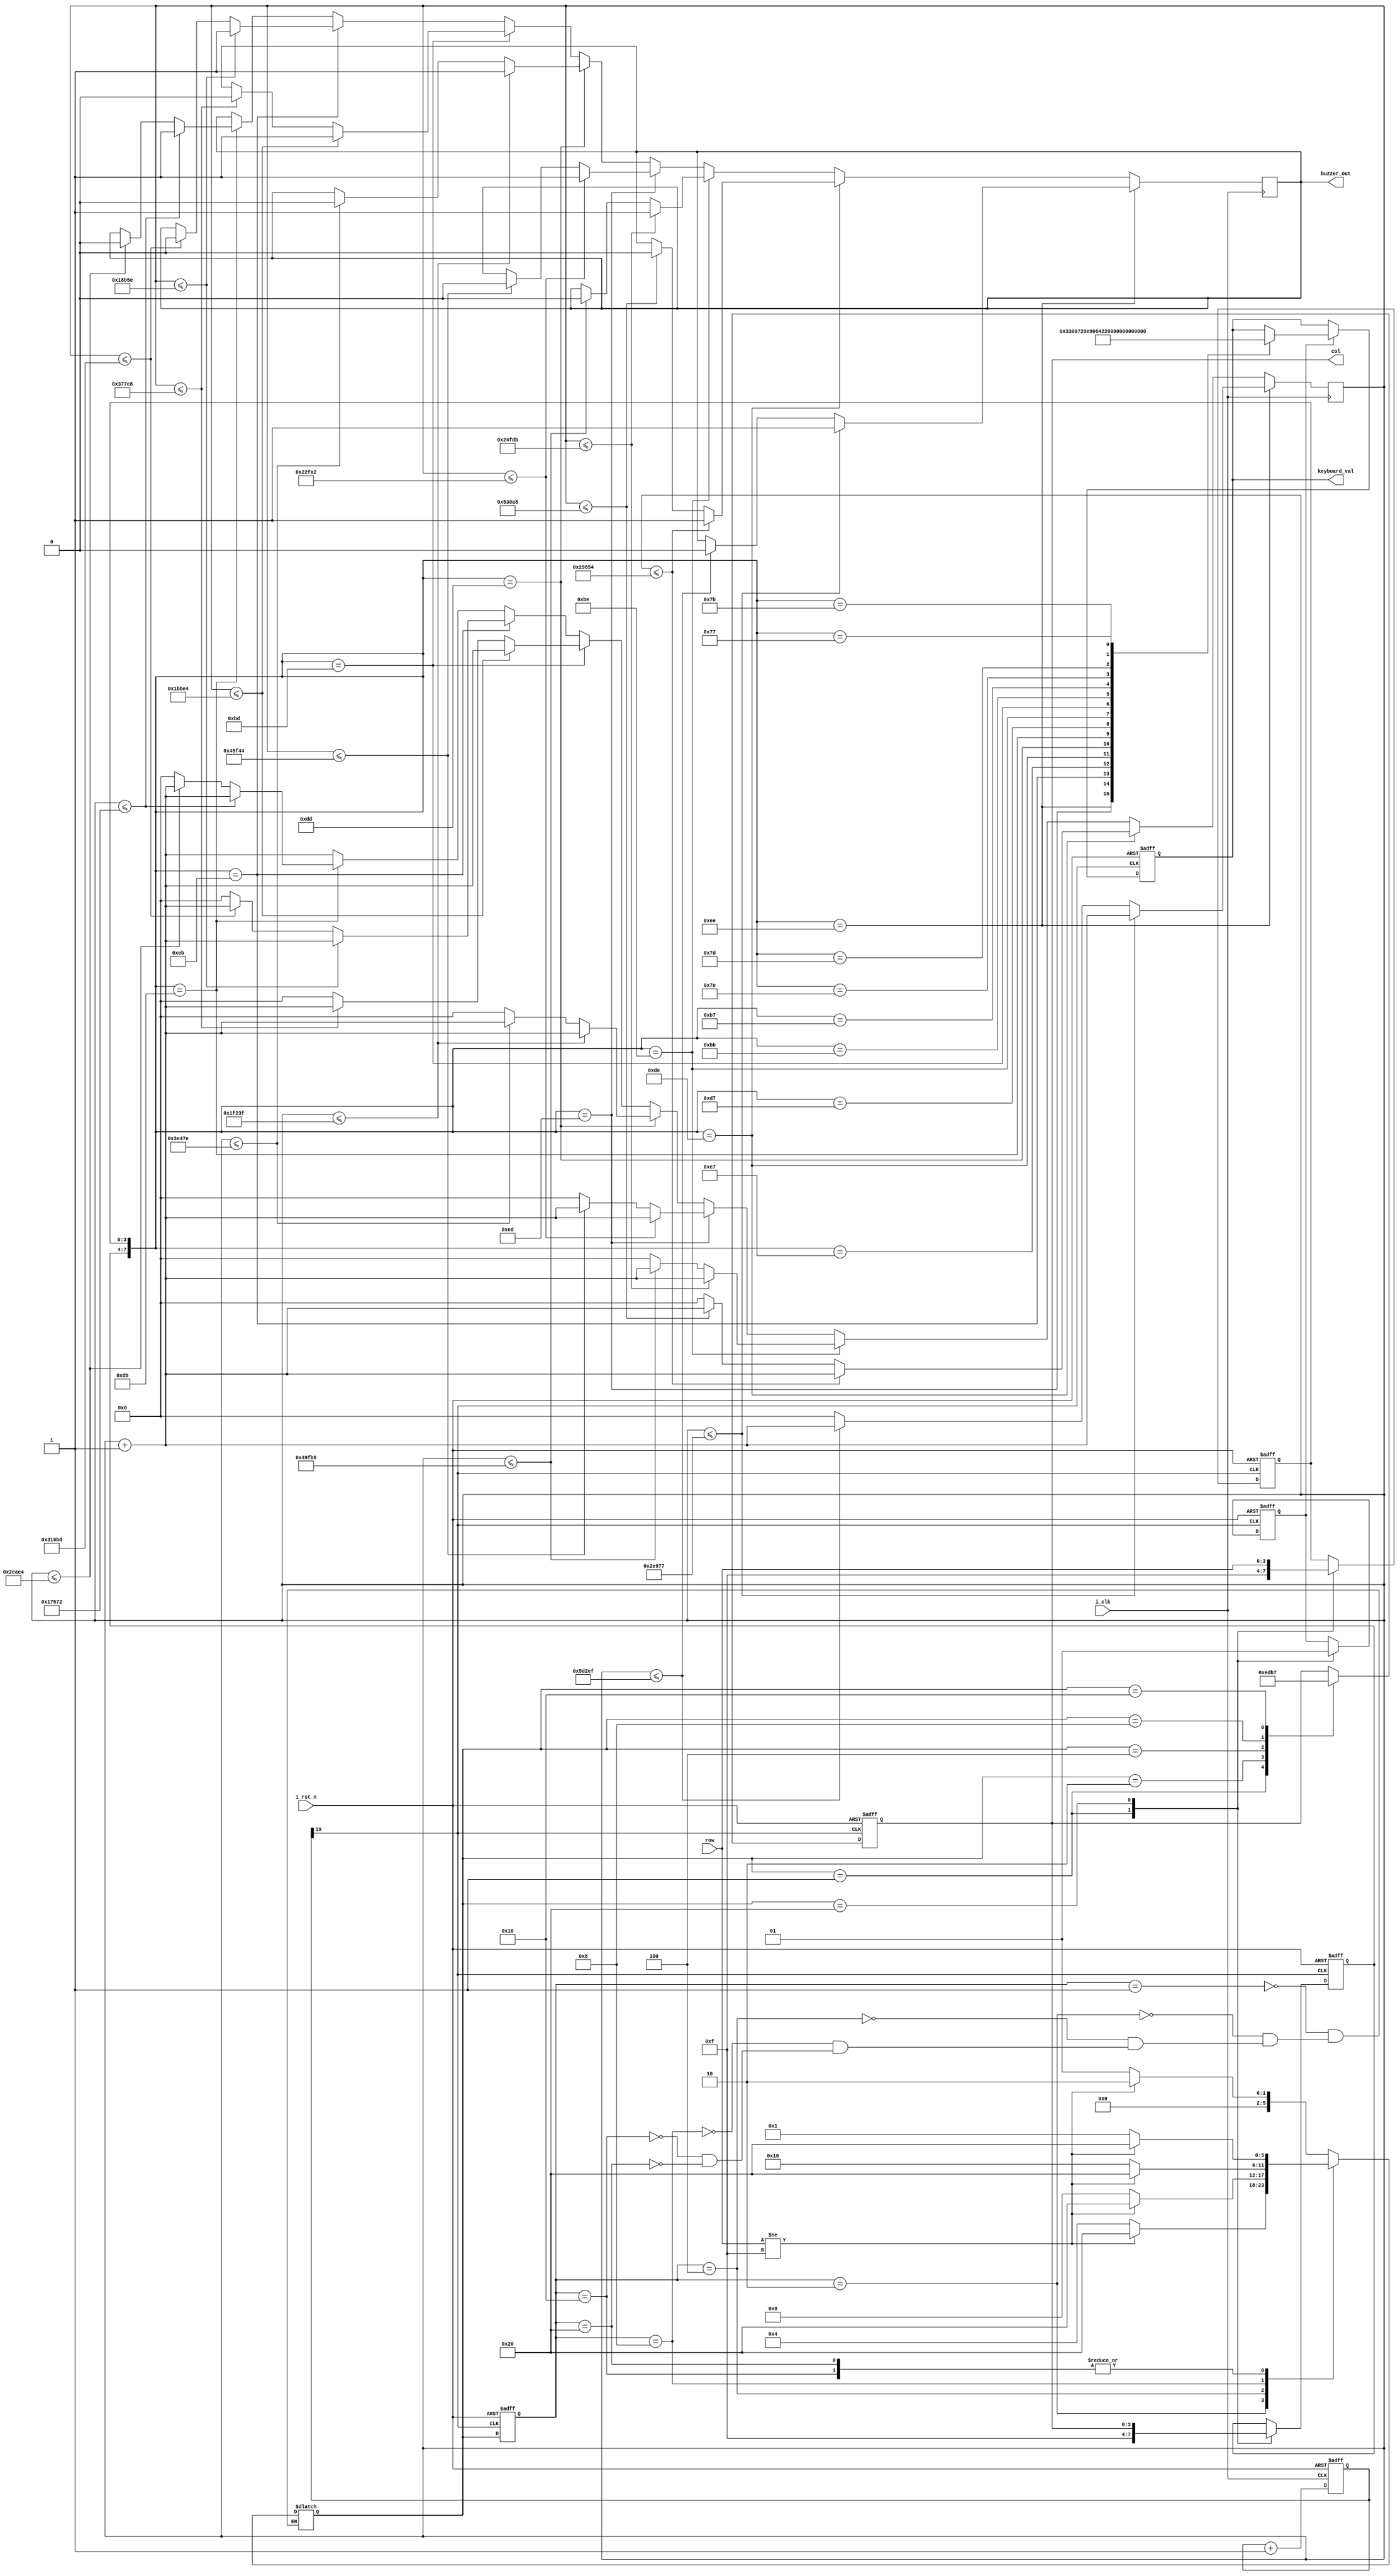
module matrixKeyboard_drive(

  input      i_clk,                    // ʱź룬100MHZ
  output reg buzzer_out,               //  
  input      i_rst_n,                  // λź  
  input      [3:0] row,                //  
  output reg [3:0] col,                //  
  output reg [6:0] keyboard_val        // ֵ     

);

//++++++++++++++++++++++++++++++++++++++
// Ƶ ʼ
//++++++++++++++++++++++++++++++++++++++

reg [19:0] cnt;                         // 20λ
reg [18:0] cnt_beep;                    // 19λ

always @ (posedge i_clk, negedge i_rst_n)

  if (!i_rst_n)                        // λźΪ0Чcnt=0
    cnt <= 0;

  else                                 // λźΪ1Чʱźصʱcnt+1
    cnt <= cnt + 1'b1;

wire key_clk  = cnt[19];               // T = 2^20/100M = 10.48576ms    f = 95.367HZ 

always @ (posedge i_clk)               //cnt_beepbuzzer_outƵʽп,Ӧ˸
  begin 
    cnt_beep <= cnt_beep + 1'b1;
    if({col_val, row_val} == 8'b1110_1110)//1,do,Ƶʣ256
      begin
        if(cnt_beep <= 19'd190839) 
            buzzer_out <= 1'b1;
        else if(cnt_beep <= 19'd381679)
            buzzer_out <= 1'b0;  
        else
            cnt_beep <= 1'b0;
      end
      
    else if({col_val, row_val} == 8'b1101_1110)//2,re,Ƶʣ288
      begin
        if(cnt_beep <= 19'd170068) //
            buzzer_out <= 1'b1;
        else if(cnt_beep <= 19'd340136)
            buzzer_out <= 1'b0;  
        else
            cnt_beep <= 1'b0;
      end
      
    else if({col_val, row_val} == 8'b1011_1110)//3,mi,Ƶʣ320
      begin
        if(cnt_beep <= 19'd151515) //
            buzzer_out <= 1'b1;
        else if(cnt_beep <= 19'd303030)
            buzzer_out <= 1'b0;  
        else
            cnt_beep <= 1'b0;
      end
      
    else if({col_val, row_val} == 8'b1110_1101)//4,fa,Ƶʣ341
      begin
        if(cnt_beep <= 19'd143266) //
            buzzer_out <= 1'b1;
        else if(cnt_beep <= 19'd286532)
            buzzer_out <= 1'b0;  
        else
            cnt_beep <= 1'b0;
      end
      
    else if({col_val, row_val} == 8'b1101_1101)//5,sol,Ƶʣ384
      begin
        if(cnt_beep <= 19'd127551) //
            buzzer_out <= 1'b1;
        else if(cnt_beep <= 19'd255102)
            buzzer_out <= 1'b0;  
        else
            cnt_beep <= 1'b0;
      end
      
    else if({col_val, row_val} == 8'b1011_1101)//6,la,Ƶʣ426
      begin
        if(cnt_beep <= 19'd113636) //
            buzzer_out <= 1'b1;
        else if(cnt_beep <= 19'd227272)
            buzzer_out <= 1'b0;  
        else
            cnt_beep <= 1'b0;
      end 
      
    else if({col_val, row_val} == 8'b1110_1011)//7,si,Ƶʣ480
      begin
        if(cnt_beep <= 19'd101214) //
            buzzer_out <= 1'b1;
        else if(cnt_beep <= 19'd202429)
            buzzer_out <= 1'b0;  
        else
            cnt_beep <= 1'b0;
      end 
      
    else if({col_val, row_val} == 8'b1101_1011)//8,do,Ƶʣ512
      begin
        if(cnt_beep <= 19'd95602) //
            buzzer_out <= 1'b1;
        else if(cnt_beep <= 19'd191204)
            buzzer_out <= 1'b0;  
        else
            cnt_beep <= 1'b0;
      end 
  end
           

//--------------------------------------
// Ƶ 
//--------------------------------------

 
//++++++++++++++++++++++++++++++++++++++
// ״̬ ʼ
//++++++++++++++++++++++++++++++++++++++

// ״̬٣

parameter NO_KEY_PRESSED = 6'b000_001;  // ûа  

parameter SCAN_COL0      = 6'b000_010;  // ɨ0 

parameter SCAN_COL1      = 6'b000_100;  // ɨ1 

parameter SCAN_COL2      = 6'b001_000;  // ɨ2 

parameter SCAN_COL3      = 6'b010_000;  // ɨ3 

parameter KEY_PRESSED    = 6'b100_000;  // а

 

reg [5:0] current_state, next_state;    // ̬̬

 

always @ (posedge key_clk, negedge i_rst_n)

  if (!i_rst_n)                         //λźΪ0Чǰ״̬ΪNO_KEY_PRESSED
    current_state <= NO_KEY_PRESSED;

  else
    begin
    current_state <= next_state;
    end

// ת״̬

always @ *

  case (current_state)

    NO_KEY_PRESSED :                    // ûа

        if (row != 4'hF)
          next_state = SCAN_COL0;

        else
          next_state = NO_KEY_PRESSED;

    SCAN_COL0 :                         // ɨ0 

        if (row != 4'hF)
          next_state = KEY_PRESSED;

        else
          next_state = SCAN_COL1;

    SCAN_COL1 :                         // ɨ1 

        if (row != 4'hF)
          next_state = KEY_PRESSED;

        else
          next_state = SCAN_COL2;    

    SCAN_COL2 :                         // ɨ2

        if (row != 4'hF)
          next_state = KEY_PRESSED;

        else
          next_state = SCAN_COL3;

    SCAN_COL3 :                         // ɨ3

        if (row != 4'hF)
          next_state = KEY_PRESSED;

        else
          next_state = NO_KEY_PRESSED;

    KEY_PRESSED :                       // а

        if (row != 4'hF)
          next_state = KEY_PRESSED;

        else
          next_state = NO_KEY_PRESSED;                      

  endcase

 

reg       key_pressed_flag;             // ̰±־

reg [3:0] col_val, row_val;             // ֵֵ

 

// ݴ̬ӦĴֵ

always @ (posedge key_clk, negedge i_rst_n)

  if (!i_rst_n)
    begin
        col <= 4'h0;
        col_val <= 4'b1111;             // ֵ
        row_val <= 4'b1111;             // ֵ
        key_pressed_flag <= 0;
    end

  else
    case (next_state)

      NO_KEY_PRESSED :                  // ûа

        begin
            col <= 4'h0;
            col_val <= 4'b1111;             // ֵ
            row_val <= 4'b1111;             // ֵ
            key_pressed_flag <= 0;   // ̰±־
        end

      SCAN_COL0 :                       // ɨ0

        col <= 4'b1110;

      SCAN_COL1 :                       // ɨ1

        col <= 4'b1101;

      SCAN_COL2 :                       // ɨ2

        col <= 4'b1011;

      SCAN_COL3 :                       // ɨ3

        col <= 4'b0111;

      KEY_PRESSED :                     // а

        begin
            col_val <= col;             // ֵ
            row_val <= row;             // ֵ
            key_pressed_flag <= 1;      // ṵ̈±־  
        end

    endcase

//--------------------------------------
// ״̬ 
//--------------------------------------

 

//++++++++++++++++++++++++++++++++++++++
// ɨֵ ʼ
//++++++++++++++++++++++++++++++++++++++

always @ (posedge key_clk, negedge i_rst_n)

  if (!i_rst_n)
    keyboard_val <= 4'h0;

  else
  if (key_pressed_flag)

      case ({col_val, row_val})

        8'b1110_1110 : keyboard_val <= 7'b0000001;

        8'b1110_1101 : keyboard_val <= 7'b1001100;

        8'b1110_1011 : keyboard_val <= 7'b0000000;

        8'b1110_0111 : keyboard_val <= 7'b1110010;

         
         
        8'b1101_1110 : keyboard_val <= 7'b1001111;

        8'b1101_1101 : keyboard_val <= 7'b0100100;

        8'b1101_1011 : keyboard_val <= 7'b0001100;

        8'b1101_0111 : keyboard_val <= 7'b1000010;

         

        8'b1011_1110 : keyboard_val <= 7'b0010010;

        8'b1011_1101 : keyboard_val <= 7'b0100000;

        8'b1011_1011 : keyboard_val <= 7'b0001000;

        8'b1011_0111 : keyboard_val <= 7'b0110000;

         

        8'b0111_1110 : keyboard_val <= 7'b0000110; 

        8'b0111_1101 : keyboard_val <= 7'b0001111;

        8'b0111_1011 : keyboard_val <= 7'b1100000;

        8'b0111_0111 : keyboard_val <= 7'b0111000;  
        endcase      
      

//--------------------------------------
//  ɨֵ 
//--------------------------------------

       

endmodule